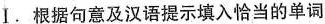
Ⅰ.根据句意及汉语提示填入恰当的单词